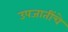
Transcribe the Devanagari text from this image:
उपजातींचे